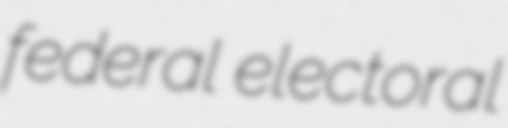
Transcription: federal electoral